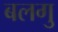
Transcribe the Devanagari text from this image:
बलगु